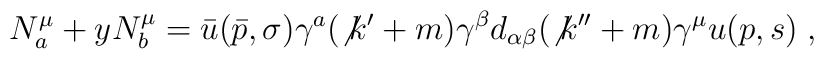
N^{\mu}_a + yN^{\mu}_b = \bar{u} (\bar{p}, \sigma)\gamma^a(\not{k}^{\prime}+m)\gamma^{\beta}d_{\alpha \beta}(\not{k}^{\prime \prime}+m)\gamma^\mu  u(p,s) \;,